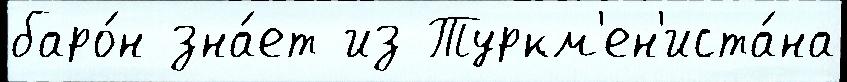
баро́н зна́ет из Туркм'ен'иста́на